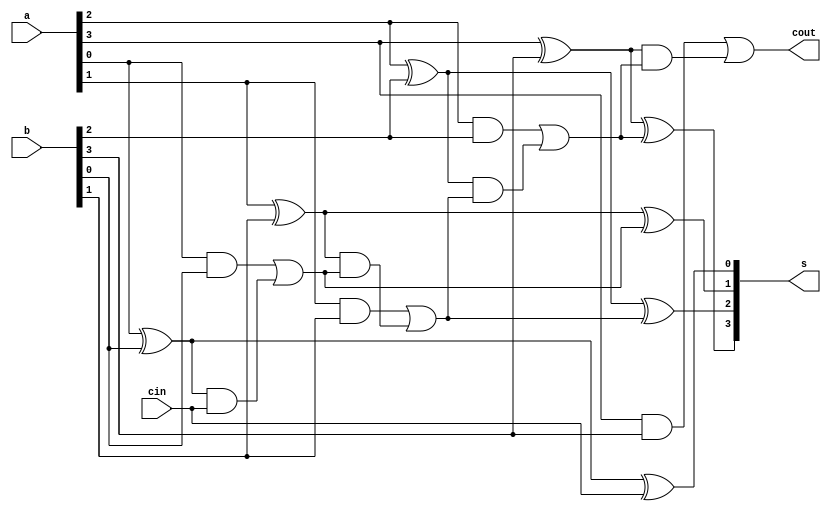
`timescale 1ns / 1ps

module cla_1(a,b,cin,s,cout);
input [3:0]a,b;
input cin;
output reg [3:0]s;
output reg cout;
reg [4:0]c;
reg [3:0]g,p;
integer i;
always@(*) 
begin
c[0]=cin;
for (i=0; i<4; i=i+1)
begin
g[i] = a[i]&b[i];
p[i] = a[i]^b[i];
s[i] = p[i]^c[i];
c[i+1] = g[i]|p[i]&c[i];
end
cout=c[4];
end
endmodule